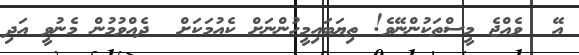
އޭ  ވެއްޖެ މީސްތަކުންނޭވެ! ތިޔަބައިމީހުންނަށް ކެއުމަކަށް  ދެއްވުމުން މެނުވީ އަދި